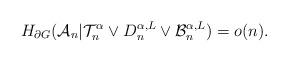
LaTeX: \begin{align*} H_{\partial G}(\mathcal{A}_n \vert \mathcal{T}_n^\alpha \vee D_n^{\alpha,L} \vee \mathcal{B}_n^{\alpha,L}) = o(n).\end{align*}